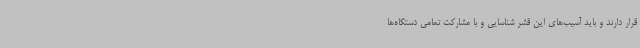
قرار دارند و باید آسیب‌های این قشر شناسایی و با مشارکت تمامی دستگاه‌ها